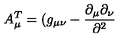
A _ { \mu } ^ { T } = ( g _ { \mu \nu } - \frac { \partial _ { \mu } \partial _ { \nu } } { \partial ^ { 2 } }